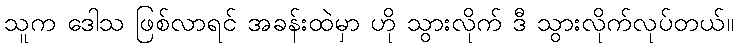
သူက ဒေါသ ဖြစ်လာရင် အခန်းထဲမှာ ဟို သွားလိုက် ဒီ သွားလိုက်လုပ်တယ်။